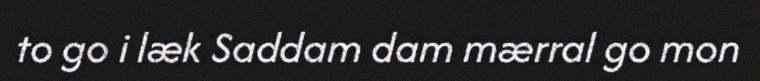
to go i læk Saddam dam mærral go mon